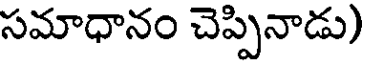
సమాధానం చెప్పినాడు)